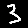
Digit: 3